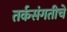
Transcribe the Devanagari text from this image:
तर्कसंगतीचे